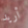
أريد